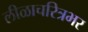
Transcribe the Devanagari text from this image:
लीळाचरित्रभर